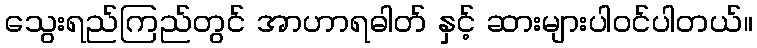
သွေးရည်ကြည်တွင် အာဟာရဓါတ် နှင့် ဆားများပါဝင်ပါတယ်။